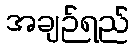
အချဉ်ရည်